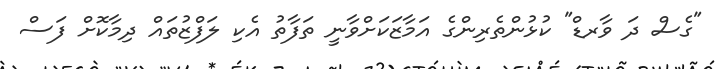
"ގެސް ދަ ވާރޑް" ކުޅުންތެރިންގެ އަމާޒަކަށްވާނީ ތަފާތު އެކި ލަފްޒުތައް ދިމާކޮށް ފަސް